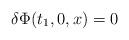
LaTeX: \begin{align*}\delta\Phi(t_1,0,x)=0\end{align*}